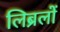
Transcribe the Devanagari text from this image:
लिब्रलों